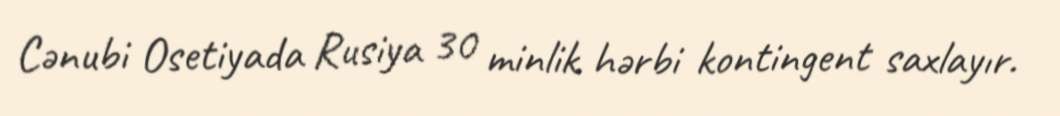
Cənubi Osetiyada Rusiya 30 minlik hərbi kontingent saxlayır.